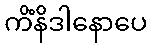
ကိံနိဒါနောပေ